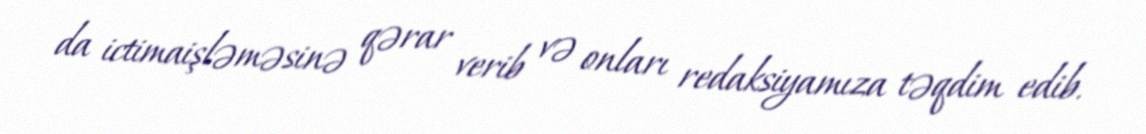
da ictimaişləməsinə qərar verib və onları redaksiyamıza təqdim edib.